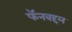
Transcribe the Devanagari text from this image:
फॅनबद्दल